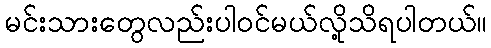
မင်းသားတွေလည်းပါဝင်မယ်လို့သိရပါတယ်။